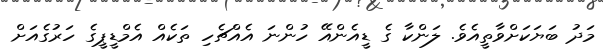
މަދު ބަޔަކަށްވާތީއެވެ. ލަންކާ ގެ ޑީއެންއޭ ހުންނަ އެއްޗެހި ތަކެއް އެމްޑީޕީގެ ހަރުގެއަށް